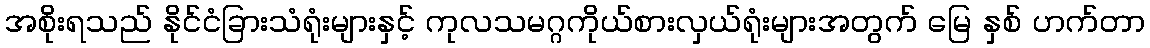
အစိုးရသည် နိုင်ငံခြားသံရုံးများနှင့် ကုလသမဂ္ဂကိုယ်စားလှယ်ရုံးများအတွက် မြေ နှစ် ဟက်တာ